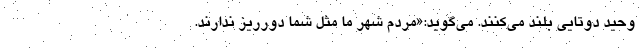
وحید دوتایی بلند می‌کنند. می‌گوید:«مردم شهر ما مثل شما دورریز ندارند.